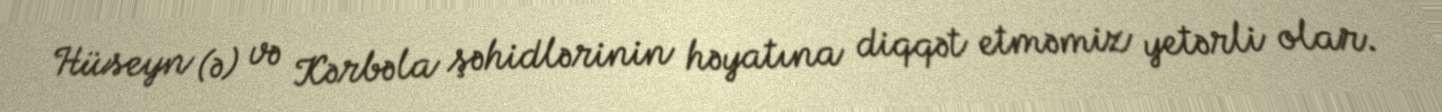
Hüseyn (ə) və Kərbəla şəhidlərinin həyatına diqqət etməmiz yetərli olar.